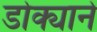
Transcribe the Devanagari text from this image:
डोक्याने